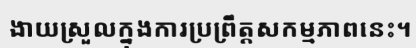
ងាយស្រួលក្នុងការប្រព្រឹត្តសកម្មភាពនេះ។